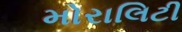
મોરાલિટી